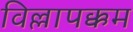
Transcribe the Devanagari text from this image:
विल्लापक्कम